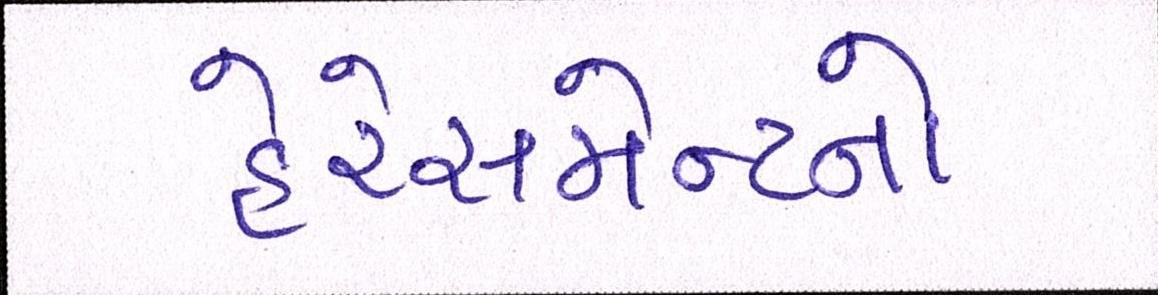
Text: હેરેસમેન્ટનો